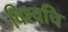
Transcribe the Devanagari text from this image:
विश्वचि